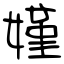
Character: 嫤